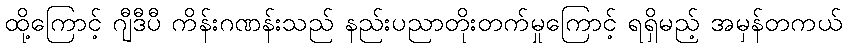
ထို့ကြောင့် ဂျီဒီပီ ကိန်းဂဏန်းသည် နည်းပညာတိုးတက်မှုကြောင့် ရရှိမည့် အမှန်တကယ်